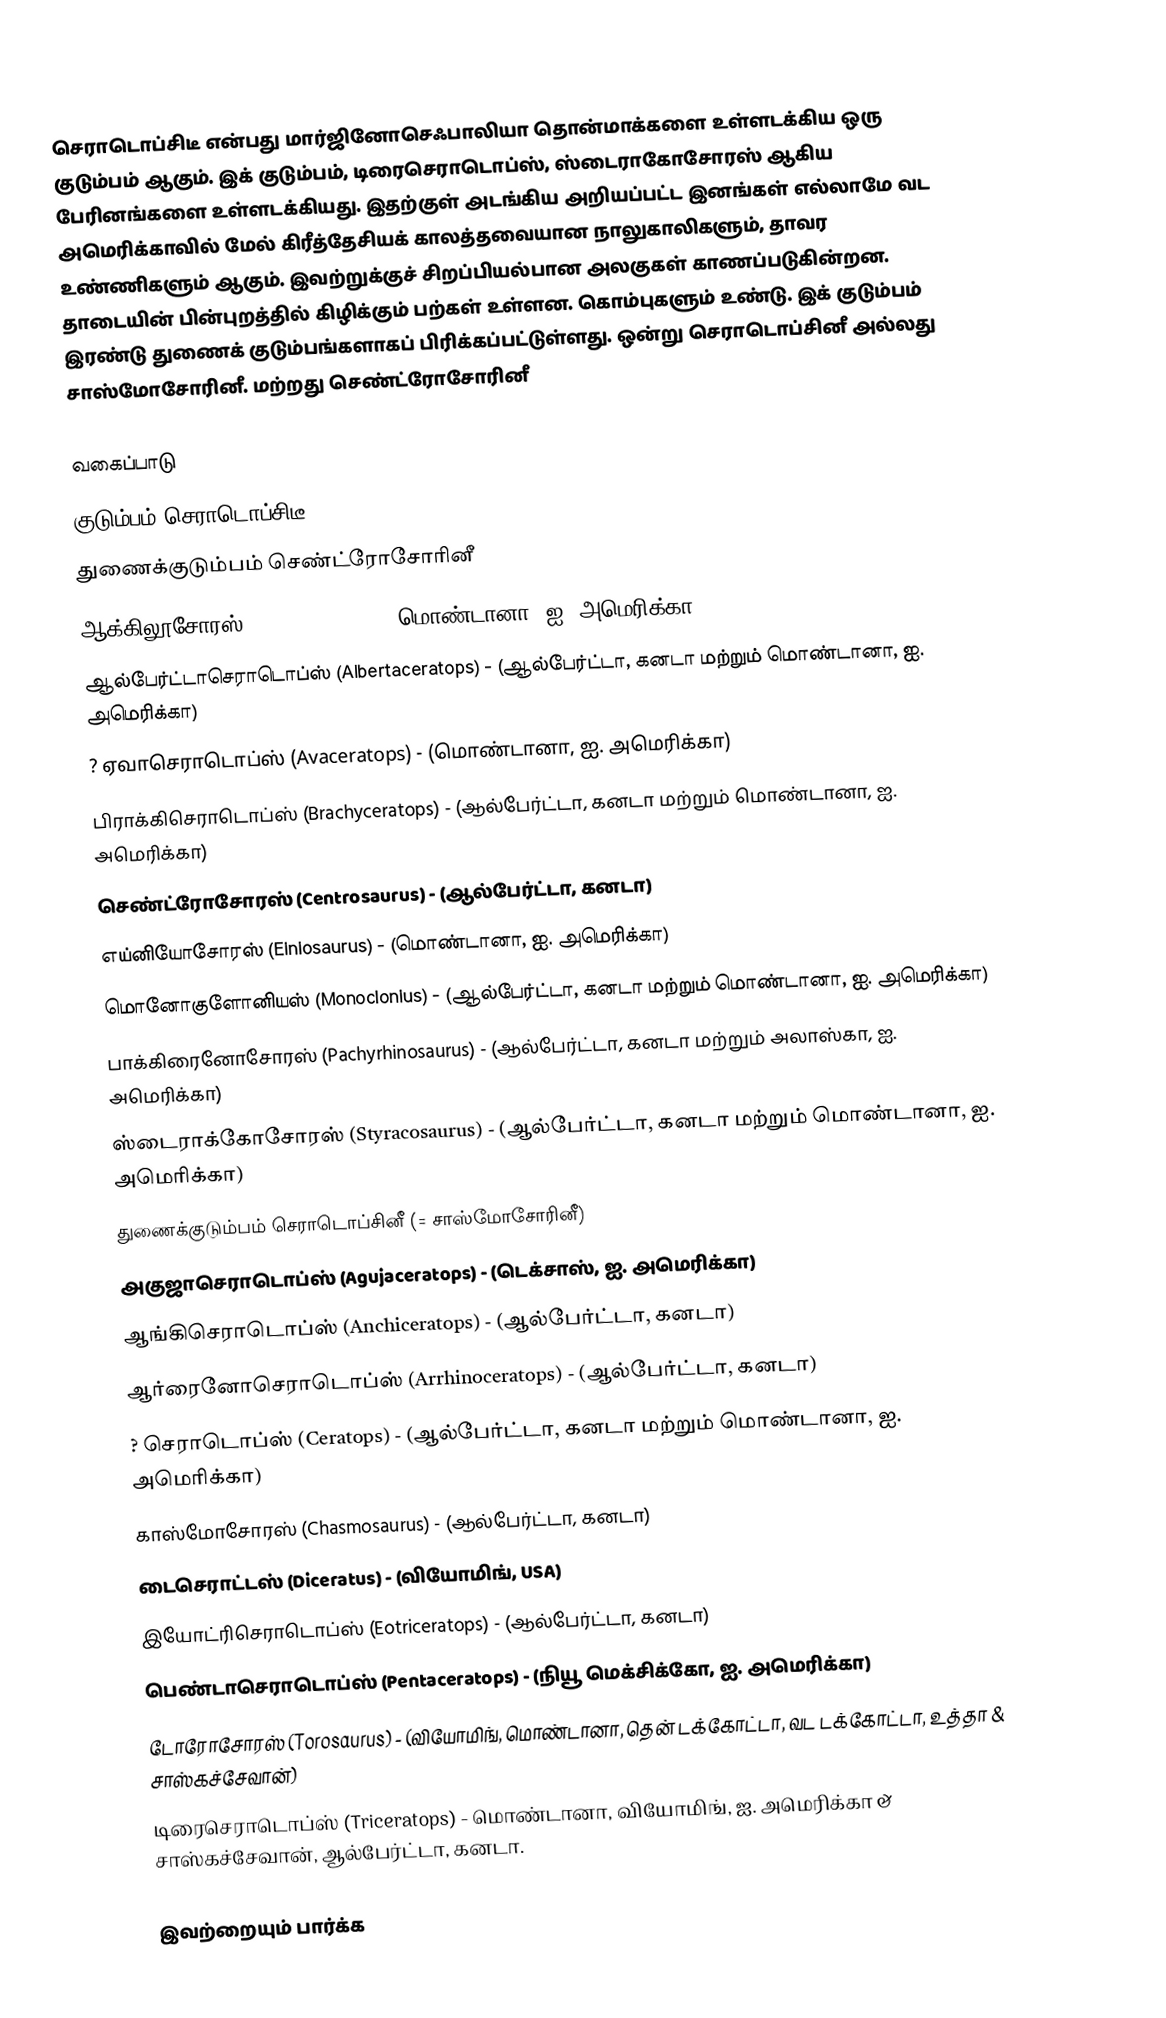
செராடொப்சிடீ என்பது மார்ஜினோசெஃபாலியா தொன்மாக்களை உள்ளடக்கிய ஒரு குடும்பம் ஆகும். இக் குடும்பம், டிரைசெராடொப்ஸ், ஸ்டைராகோசோரஸ் ஆகிய பேரினங்களை உள்ளடக்கியது. இதற்குள் அடங்கிய அறியப்பட்ட இனங்கள் எல்லாமே வட அமெரிக்காவில் மேல் கிரீத்தேசியக் காலத்தவையான நாலுகாலிகளும், தாவர உண்ணிகளும் ஆகும். இவற்றுக்குச் சிறப்பியல்பான அலகுகள் காணப்படுகின்றன. தாடையின் பின்புறத்தில் கிழிக்கும் பற்கள் உள்ளன. கொம்புகளும் உண்டு. இக் குடும்பம் இரண்டு துணைக் குடும்பங்களாகப் பிரிக்கப்பட்டுள்ளது. ஒன்று செராடொப்சினீ அல்லது சாஸ்மோசோரினீ. மற்றது செண்ட்ரோசோரினீ

வகைப்பாடு
 குடும்பம் செராடொப்சிடீ
 துணைக்குடும்பம் செண்ட்ரோசோரினீ
 ஆக்கிலூசோரஸ் (Achelousaurus)- (மொண்டானா, ஐ. அமெரிக்கா)
 ஆல்பேர்ட்டாசெராடொப்ஸ் (Albertaceratops) - (ஆல்பேர்ட்டா, கனடா மற்றும் மொண்டானா, ஐ. அமெரிக்கா)
 ? ஏவாசெராடொப்ஸ் (Avaceratops) - (மொண்டானா, ஐ. அமெரிக்கா)
 பிராக்கிசெராடொப்ஸ் (Brachyceratops) - (ஆல்பேர்ட்டா, கனடா மற்றும் மொண்டானா, ஐ. அமெரிக்கா)
 செண்ட்ரோசோரஸ் (Centrosaurus) - (ஆல்பேர்ட்டா, கனடா)
 எய்னியோசோரஸ் (Einiosaurus) - (மொண்டானா, ஐ. அமெரிக்கா)
 மொனோகுளோனியஸ் (Monoclonius) - (ஆல்பேர்ட்டா, கனடா மற்றும் மொண்டானா, ஐ. அமெரிக்கா)
 பாக்கிரைனோசோரஸ் (Pachyrhinosaurus) - (ஆல்பேர்ட்டா, கனடா மற்றும் அலாஸ்கா, ஐ. அமெரிக்கா)
 ஸ்டைராக்கோசோரஸ் (Styracosaurus) - (ஆல்பேர்ட்டா, கனடா மற்றும் மொண்டானா, ஐ. அமெரிக்கா)
 துணைக்குடும்பம் செராடொப்சினீ  (= சாஸ்மோசோரினீ)
 அகுஜாசெராடொப்ஸ் (Agujaceratops) - (டெக்சாஸ், ஐ. அமெரிக்கா)
 ஆங்கிசெராடொப்ஸ் (Anchiceratops) - (ஆல்பேர்ட்டா, கனடா)
 ஆர்ரைனோசெராடொப்ஸ் (Arrhinoceratops) - (ஆல்பேர்ட்டா, கனடா)
 ? செராடொப்ஸ் (Ceratops) - (ஆல்பேர்ட்டா, கனடா மற்றும் மொண்டானா, ஐ. அமெரிக்கா)
 காஸ்மோசோரஸ் (Chasmosaurus) - (ஆல்பேர்ட்டா, கனடா)
 டைசெராட்டஸ் (Diceratus) - (வியோமிங், USA)
 இயோட்ரிசெராடொப்ஸ் (Eotriceratops) - (ஆல்பேர்ட்டா, கனடா)
 பெண்டாசெராடொப்ஸ் (Pentaceratops) - (நியூ மெக்சிக்கோ, ஐ. அமெரிக்கா)
 டோரோசோரஸ் (Torosaurus) - (வியோமிங், மொண்டானா, தென் டக்கோட்டா, வட டக்கோட்டா, உத்தா & சாஸ்கச்சேவான்)
 டிரைசெராடொப்ஸ் (Triceratops) - மொண்டானா, வியோமிங், ஐ. அமெரிக்கா & சாஸ்கச்சேவான், ஆல்பேர்ட்டா, கனடா.

இவற்றையும் பார்க்க